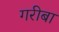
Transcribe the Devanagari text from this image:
गरीबा